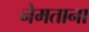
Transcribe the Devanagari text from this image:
नेमताना